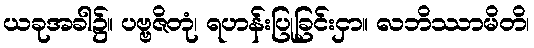
ယခုအခါ၌။ ပဗ္ဗဇိတုံ၊ ရဟန်းပြုခြင်းငှာ။ လဘိဿာမိတိ၊